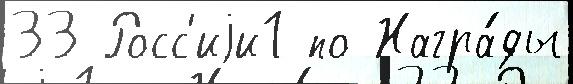
33 Росс'иjи1 по Награ́ды